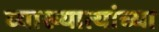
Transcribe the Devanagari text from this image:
व्याख्यात्यांच्या